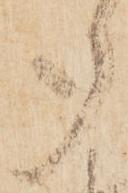
多